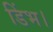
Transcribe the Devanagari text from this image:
डिंभ।